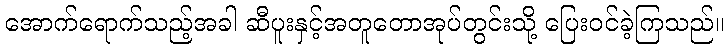
အောက်ရောက်သည့်အခါ ဆီပူးနှင့်အတူတောအုပ်တွင်းသို့ ပြေးဝင်ခဲ့ကြသည်။